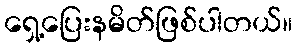
ရှေ့ပြေးနမိတ်ဖြစ်ပါတယ်။